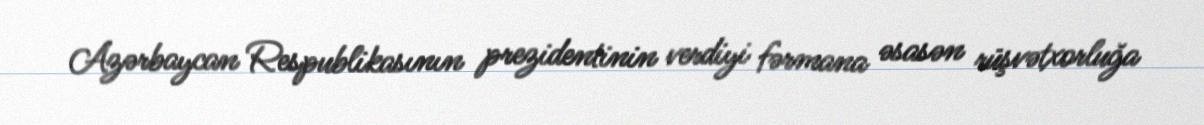
Azərbaycan Respublikasının prezidentinin verdiyi fərmana əsasən rüşvətxorluğa